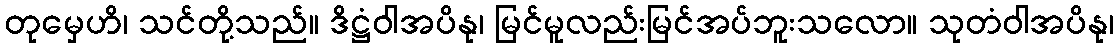
တုမှေဟိ၊ သင်တို့သည်။ ဒိဋ္ဌံဝါအပိနု၊ မြင်မူလည်းမြင်အပ်ဘူးသလော။ သုတံဝါအပိနု၊